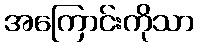
အကြောင်းကိုသာ